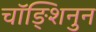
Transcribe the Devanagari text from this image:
चॉङ्शिनुन